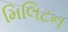
મિલિટન